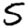
Digit: 5